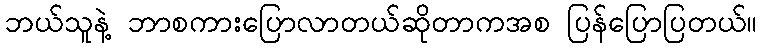
ဘယ်သူနဲ့ ဘာစကားပြောလာတယ်ဆိုတာကအစ ပြန်ပြောပြတယ်။